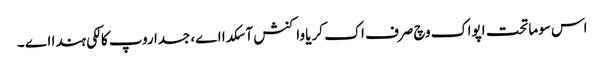
اس سوماتحت اپواک وچ صرف اک کریا واکنش آ سکدا اے، جسدا روپ کالکی ہندا اے ۔